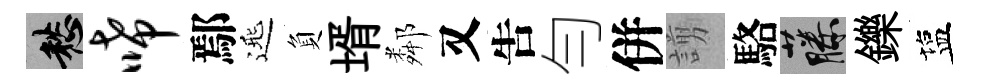
愁唏鄢𨓱負壻鄰又吿勻併謭駱藤鑠塩